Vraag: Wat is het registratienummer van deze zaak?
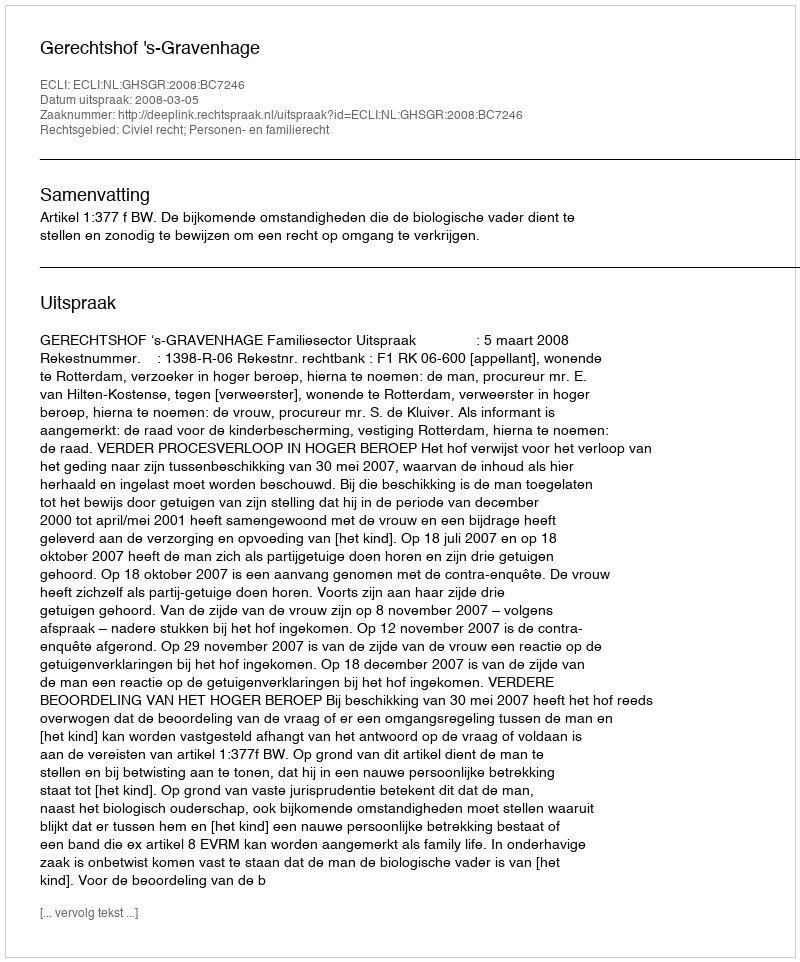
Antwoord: http://deeplink.rechtspraak.nl/uitspraak?id=ECLI:NL:GHSGR:2008:BC7246